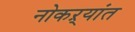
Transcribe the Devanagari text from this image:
नोकऱ्यांत